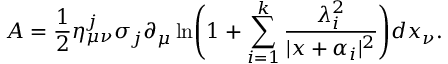
A = \frac { 1 } { 2 } { \eta } _ { \mu \nu } ^ { j } \sigma _ { j } \partial _ { \mu } \ln \Biggl ( 1 + \sum _ { i = 1 } ^ { k } \frac { \lambda _ { i } ^ { 2 } } { | x + \alpha _ { i } | ^ { 2 } } \Biggr ) d x _ { \nu } .